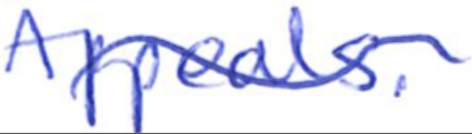
Text: Appeals.
Cross-out: mix
Writing tool: ballpoint